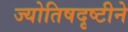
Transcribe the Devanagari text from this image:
ज्योतिषदृष्टीने